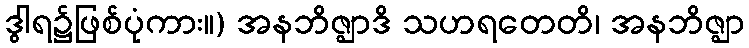
ဒွါရ၌ဖြစ်ပုံကား။) အနဘိဇ္ဈာဒိ သဟရတေတိ၊ အနဘိဇ္ဈာ